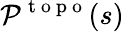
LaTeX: {\cal{P}}^{\mathrm{~t~o~p~o~}}(s)